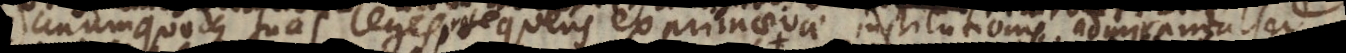
unumquodque suas leges prosequens ex primaevae institutionis admiranda sed